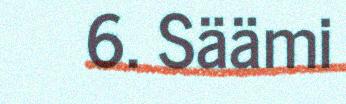
6. Säämi